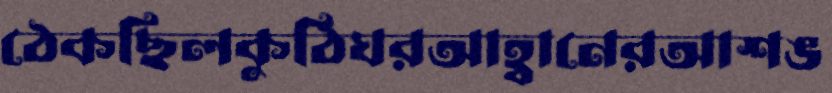
ঠেকছিলকুঠিঘরআহ্বানেরআশঙ